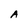
Character: A